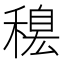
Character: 𥡋